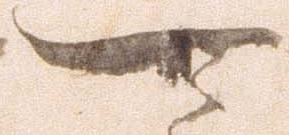
可